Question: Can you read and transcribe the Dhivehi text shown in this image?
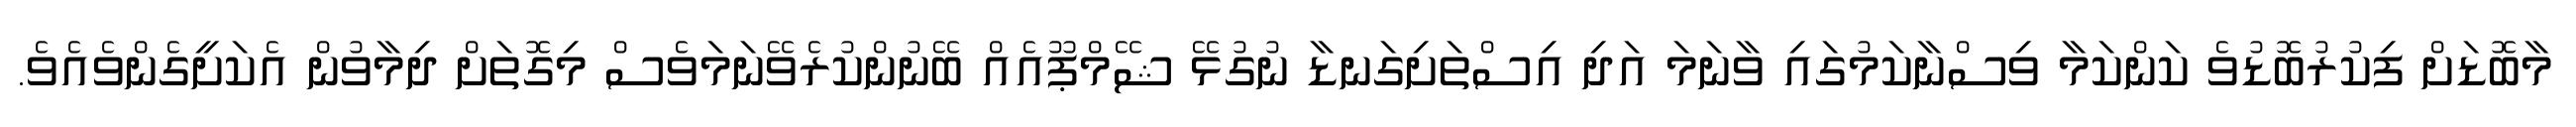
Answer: މާބޮޑަށް ފިކުރުބޮޑުވެ ކަންކަމާ ވިސްނާކަމުގައި ވާނަމަ އަދި އިސްތަށިގަނޑާ ނުގުޅޭ ޝޭމްޕޫއެއް ބޭނުންކުރެވޭނަމަވެސް މިގޮތަށް ދިމާވުން އެކަށީގެންވެއެވެ.